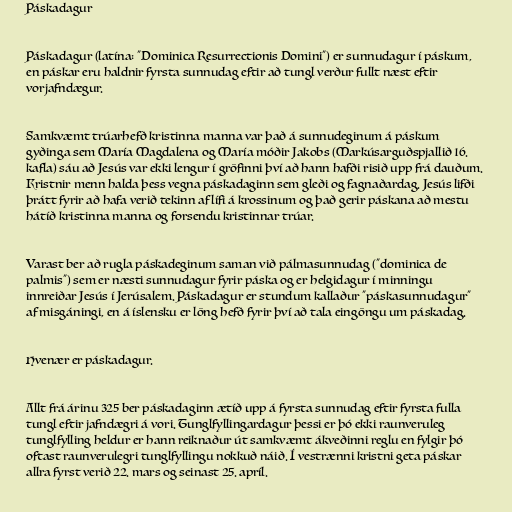
Páskadagur

Páskadagur (latína: "Dominica Resurrectionis Domini") er sunnudagur í páskum,
en páskar eru haldnir fyrsta sunnudag eftir að tungl verður fullt næst eftir
vorjafndægur.

Samkvæmt trúarhefð kristinna manna var það á sunnudeginum á páskum
gyðinga sem María Magdalena og María móðir Jakobs (Markúsarguðspjallið 16.
kafla) sáu að Jesús var ekki lengur í gröfinni því að hann hafði risið upp frá dauðum.
Kristnir menn halda þess vegna páskadaginn sem gleði og fagnaðardag. Jesús lifði
þrátt fyrir að hafa verið tekinn af lífi á krossinum og það gerir páskana að mestu
hátíð kristinna manna og forsendu kristinnar trúar.

Varast ber að rugla páskadeginum saman við pálmasunnudag ("dominica de
palmis") sem er næsti sunnudagur fyrir páska og er helgidagur í minningu
innreiðar Jesús í Jerúsalem. Páskadagur er stundum kallaður "páskasunnudagur"
af misgáningi, en á íslensku er löng hefð fyrir því að tala eingöngu um páskadag.

Hvenær er páskadagur.

Allt frá árinu 325 ber páskadaginn ætíð upp á fyrsta sunnudag eftir fyrsta fulla
tungl eftir jafndægri á vori. Tunglfyllingardagur þessi er þó ekki raunveruleg
tunglfylling heldur er hann reiknaður út samkvæmt ákveðinni reglu en fylgir þó
oftast raunverulegri tunglfyllingu nokkuð náið. Í vestrænni kristni geta páskar
allra fyrst verið 22. mars og seinast 25. apríl.